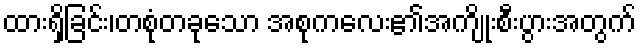
ထားရှိခြင်း၊တစုံတခုသော အစုကလေး၏အကျိုးစီးပွားအတွက်